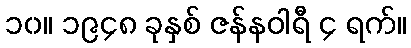
၁၀။ ၁၉၄၈ ခုနှစ် ဇန်နဝါရီ ၄ ရက်။